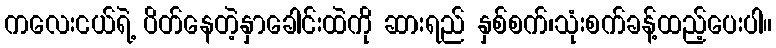
ကလေးငယ်ရဲ့ ပိတ်နေတဲ့နှာခေါင်းထဲကို ဆားရည် နှစ်စက်၊သုံးစက်ခန့်ထည့်ပေးပါ။